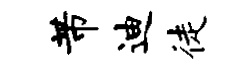
芾迪徒